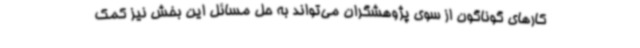
کارهای گوناگون از سوی پژوهشگران می‌تواند به حل مسائل این بخش نیز کمک